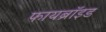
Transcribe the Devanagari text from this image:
फायब्रॉइड